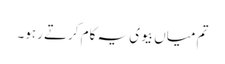
تم میاں بیوی یہ کام کرتے رہو۔